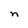
Character: n